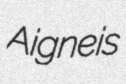
Aigneis